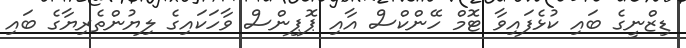
ޑިޒްނީގެ ބައި ކުޅެފައިވާ ޓޮމް ހޭންކްސް އާއި ޕޮޕިންސް ވާހަކައިގެ ލިޔުންތެރިޔާގެ ބައި